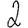
Digit: 2